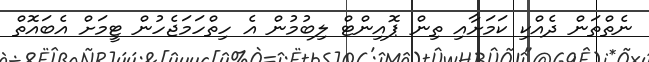
ނެތްތަން ދެއްކި ކަމަށާއި ތިން ޕޮއިންޓް ލިބުމުން އެ ހިތްހަމަޖެހުން ޓީމަށް އެބައޮތް